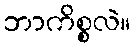
ဘာကိစ္စလဲ။